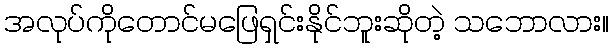
အလုပ်ကိုတောင်မဖြေရှင်းနိုင်ဘူးဆိုတဲ့ သဘောလား။